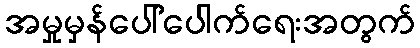
အမှုမှန်ပေါ်ပေါက်ရေးအတွက်